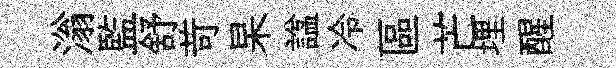
滃監舒苛杲諡冷區芒埋醒